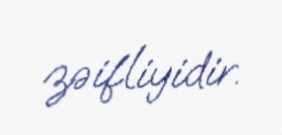
zəifliyidir.